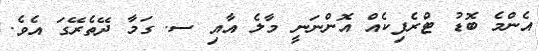
އެންމެ ބޮޑު ޓްރެފިކެއް އޮންނަނީ މާލެ އާއި ސ. ގަމާ ދޭތެރޭގަ އެވެ.